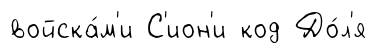
войска́м'и С'ион'и код До́л'я